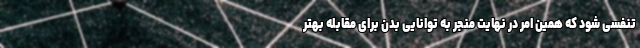
تنفسی شود که همین امر در نهایت منجر به توانایی بدن برای مقابله بهتر